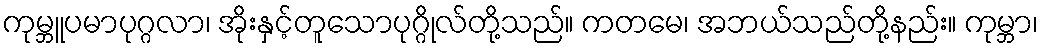
ကုမ္ဘူပမာပုဂ္ဂလာ၊ အိုးနှင့်တူသောပုဂ္ဂိုလ်တို့သည်။ ကတမေ၊ အဘယ်သည်တို့နည်း။ ကုမ္ဘာ၊